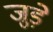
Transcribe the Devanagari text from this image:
जुड़े़